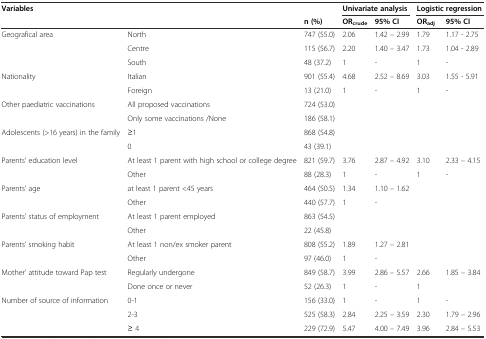
<table><thead><tr><td rowspan="2" colspan="2"><b>Variables</b></td><td></td><td colspan="2"><b>Univariate analysis</b></td><td colspan="2"><b>Logistic regression</b></td></tr><tr><td><b>n (%)</b></td><td><b>OR<sub>crude</sub></b></td><td><b>95%CI</b></td><td><b>OR<sub>adj</sub></b></td><td><b>95%CI</b></td></tr></thead><tbody><tr><td>Geografical area</td><td>North</td><td>747 (55.0)</td><td>2.06</td><td>1.42 - 2.99</td><td>1.79</td><td>1.17 - 2.75</td></tr><tr><td></td><td>Centre</td><td>115 (56.7)</td><td>2.20</td><td>1.40 - 3.47</td><td>1.73</td><td>1.04 - 2.89</td></tr><tr><td></td><td>South</td><td>48 (37.2)</td><td>1</td><td>-</td><td>1</td><td>-</td></tr><tr><td>Nationality</td><td>Italian</td><td>901 (55.4)</td><td>4.68</td><td>2.52 - 8.69</td><td>3.03</td><td>1.55 - 5.91</td></tr><tr><td></td><td>Foreign</td><td>13 (21.0)</td><td>1</td><td>-</td><td>1</td><td>-</td></tr><tr><td rowspan="2">Other paediatric vaccinations</td><td>All proposed vaccinations</td><td>724 (53.0)</td><td></td><td></td><td></td><td></td></tr><tr><td>Only some vaccinations /None</td><td>186 (58.1)</td><td></td><td></td><td></td><td></td></tr><tr><td rowspan="2">Adolescents (&gt;16 years) in the family</td><td>≥1</td><td>868 (54.8)</td><td></td><td></td><td></td><td></td></tr><tr><td>0</td><td>43 (39.1)</td><td></td><td></td><td></td><td></td></tr><tr><td rowspan="2">Parents&#x27; education level</td><td>At least 1 parent with high school or college degree</td><td>821 (59.7)</td><td>3.76</td><td>2.87 - 4.92</td><td>3.10</td><td>2.33 - 4.15</td></tr><tr><td>Other</td><td>88 (28.3)</td><td>1</td><td>-</td><td>1</td><td>-</td></tr><tr><td>Parents&#x27; age</td><td>at least 1 parent &lt;45 years</td><td>464 (50.5)</td><td>1.34</td><td>1.10 - 1.62</td><td></td><td></td></tr><tr><td></td><td>Other</td><td>440 (57.7)</td><td>1</td><td>-</td><td></td><td></td></tr><tr><td rowspan="2">Parents&#x27; status of employment</td><td>At least 1 parent employed</td><td>863 (54.5)</td><td></td><td></td><td></td><td></td></tr><tr><td>Other</td><td>22 (45.8)</td><td></td><td></td><td></td><td></td></tr><tr><td rowspan="2">Parents&#x27; smoking habit</td><td>At least 1 non/ex smoker parent</td><td>808 (55.2)</td><td>1.89</td><td>1.27 - 2.81</td><td></td><td></td></tr><tr><td>Other</td><td>97 (46.0)</td><td>1</td><td>-</td><td></td><td></td></tr><tr><td rowspan="2">Mother&#x27; attitude toward Pap test</td><td>Regularly undergone</td><td>849 (58.7)</td><td>3.99</td><td>2.86 - 5.57</td><td>2.66</td><td>1.85 - 3.84</td></tr><tr><td>Done once or never</td><td>52 (26.3)</td><td>1</td><td>-</td><td>1</td><td></td></tr><tr><td rowspan="2">Number of source of information</td><td>0-1</td><td>156 (33.0)</td><td>1</td><td>-</td><td>1</td><td>-</td></tr><tr><td>2-3</td><td>525 (58.3)</td><td>2.84</td><td>2.25 - 3.59</td><td>2.30</td><td>1.79 - 2.96</td></tr><tr><td></td><td>≥ 4</td><td>229 (72.9)</td><td>5.47</td><td>4.00 - 7.49</td><td>3.96</td><td>2.84 - 5.53</td></tr></tbody></table>